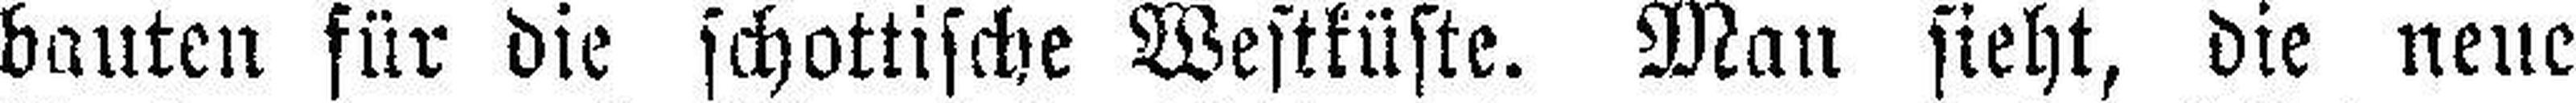
bauten für die schottische Westküste. Man sieht, die neue